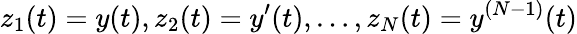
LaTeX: z_{1}(t)=y(t),z_{2}(t)=y^{\prime}(t),\ldots,z_{N}(t)=y^{(N-1)}(t)